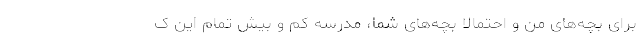
برای بچه‌های من و احتمالاً بچه‌های شما، مدرسه کم و بیش تمام این ک